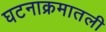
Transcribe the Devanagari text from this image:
घटनाक्रमातली